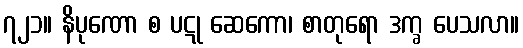
၇၂၁။ နိပုဏော စ ပဋု ဆေကော၊ စာတုရော ဒက္ခ ပေသလာ။